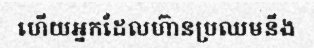
ហើយអ្នកដែលហ៊ានប្រឈមនឹង